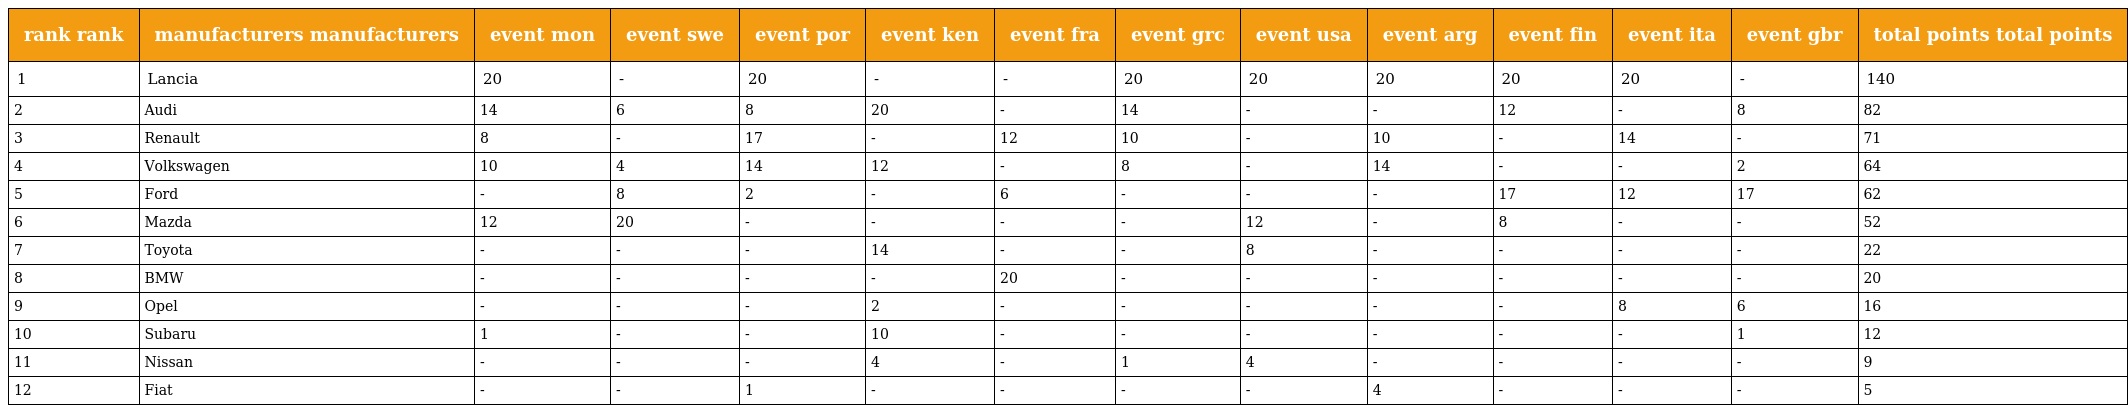
| rank rank | manufacturers manufacturers | event mon | event swe | event por | event ken | event fra | event grc | event usa | event arg | event fin | event ita | event gbr | total points total points |
 | --- | --- | --- | --- | --- | --- | --- | --- | --- | --- | --- | --- | --- | --- |
 | 1 | Lancia | 20 | - | 20 | - | - | 20 | 20 | 20 | 20 | 20 | - | 140 |
 | 2 | Audi | 14 | 6 | 8 | 20 | - | 14 | - | - | 12 | - | 8 | 82 |
 | 3 | Renault | 8 | - | 17 | - | 12 | 10 | - | 10 | - | 14 | - | 71 |
 | 4 | Volkswagen | 10 | 4 | 14 | 12 | - | 8 | - | 14 | - | - | 2 | 64 |
 | 5 | Ford | - | 8 | 2 | - | 6 | - | - | - | 17 | 12 | 17 | 62 |
 | 6 | Mazda | 12 | 20 | - | - | - | - | 12 | - | 8 | - | - | 52 |
 | 7 | Toyota | - | - | - | 14 | - | - | 8 | - | - | - | - | 22 |
 | 8 | BMW | - | - | - | - | 20 | - | - | - | - | - | - | 20 |
 | 9 | Opel | - | - | - | 2 | - | - | - | - | - | 8 | 6 | 16 |
 | 10 | Subaru | 1 | - | - | 10 | - | - | - | - | - | - | 1 | 12 |
 | 11 | Nissan | - | - | - | 4 | - | 1 | 4 | - | - | - | - | 9 |
 | 12 | Fiat | - | - | 1 | - | - | - | - | 4 | - | - | - | 5 |